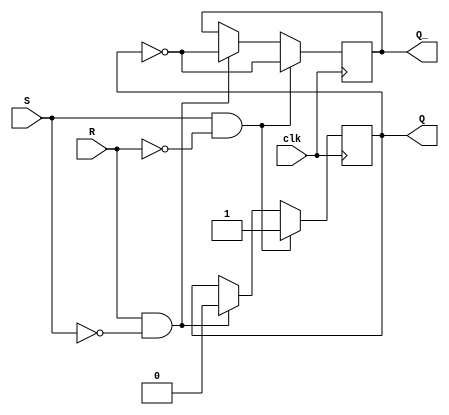
module SR_latch(
    input S,
    input R,
    input clk,
    output reg Q,
    output reg Q_
);

always @(posedge clk) begin
    if (S && !R) begin
        Q <= 1'b1;
        Q_ <= ~Q;
    end else if (R && !S) begin
        Q <= 1'b0;
        Q_ <= ~Q;
    end
end

endmodule